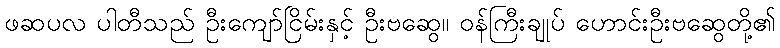
ဖဆပလ ပါတီသည် ဦးကျော်ငြိမ်းနှင့် ဦးဗဆွေ၊၊ ဝန်ကြီးချုပ် ဟောင်းဦးဗဆွေတို့၏